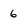
Character: 6